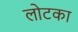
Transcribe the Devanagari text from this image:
लोटका